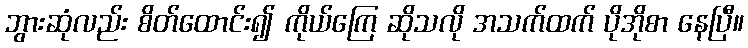
ဘွားဆုံလည်း စိတ်ထောင်း၍ ကိုယ်ကြေ ဆိုသလို အသက်ထက် ပိုအိုစာ နေပြီ။